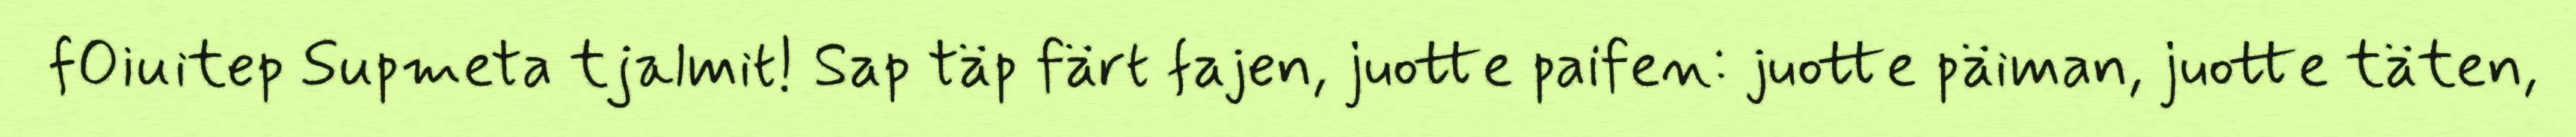
fOiuitep Supmeta tjalmit! Sap täp färt fajen, juotte paifen: juotte päiman, juotte täten,